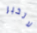
لاتخبر